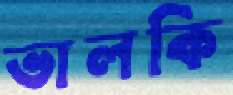
ভালকি